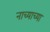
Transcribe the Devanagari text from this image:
नाच्याच्या